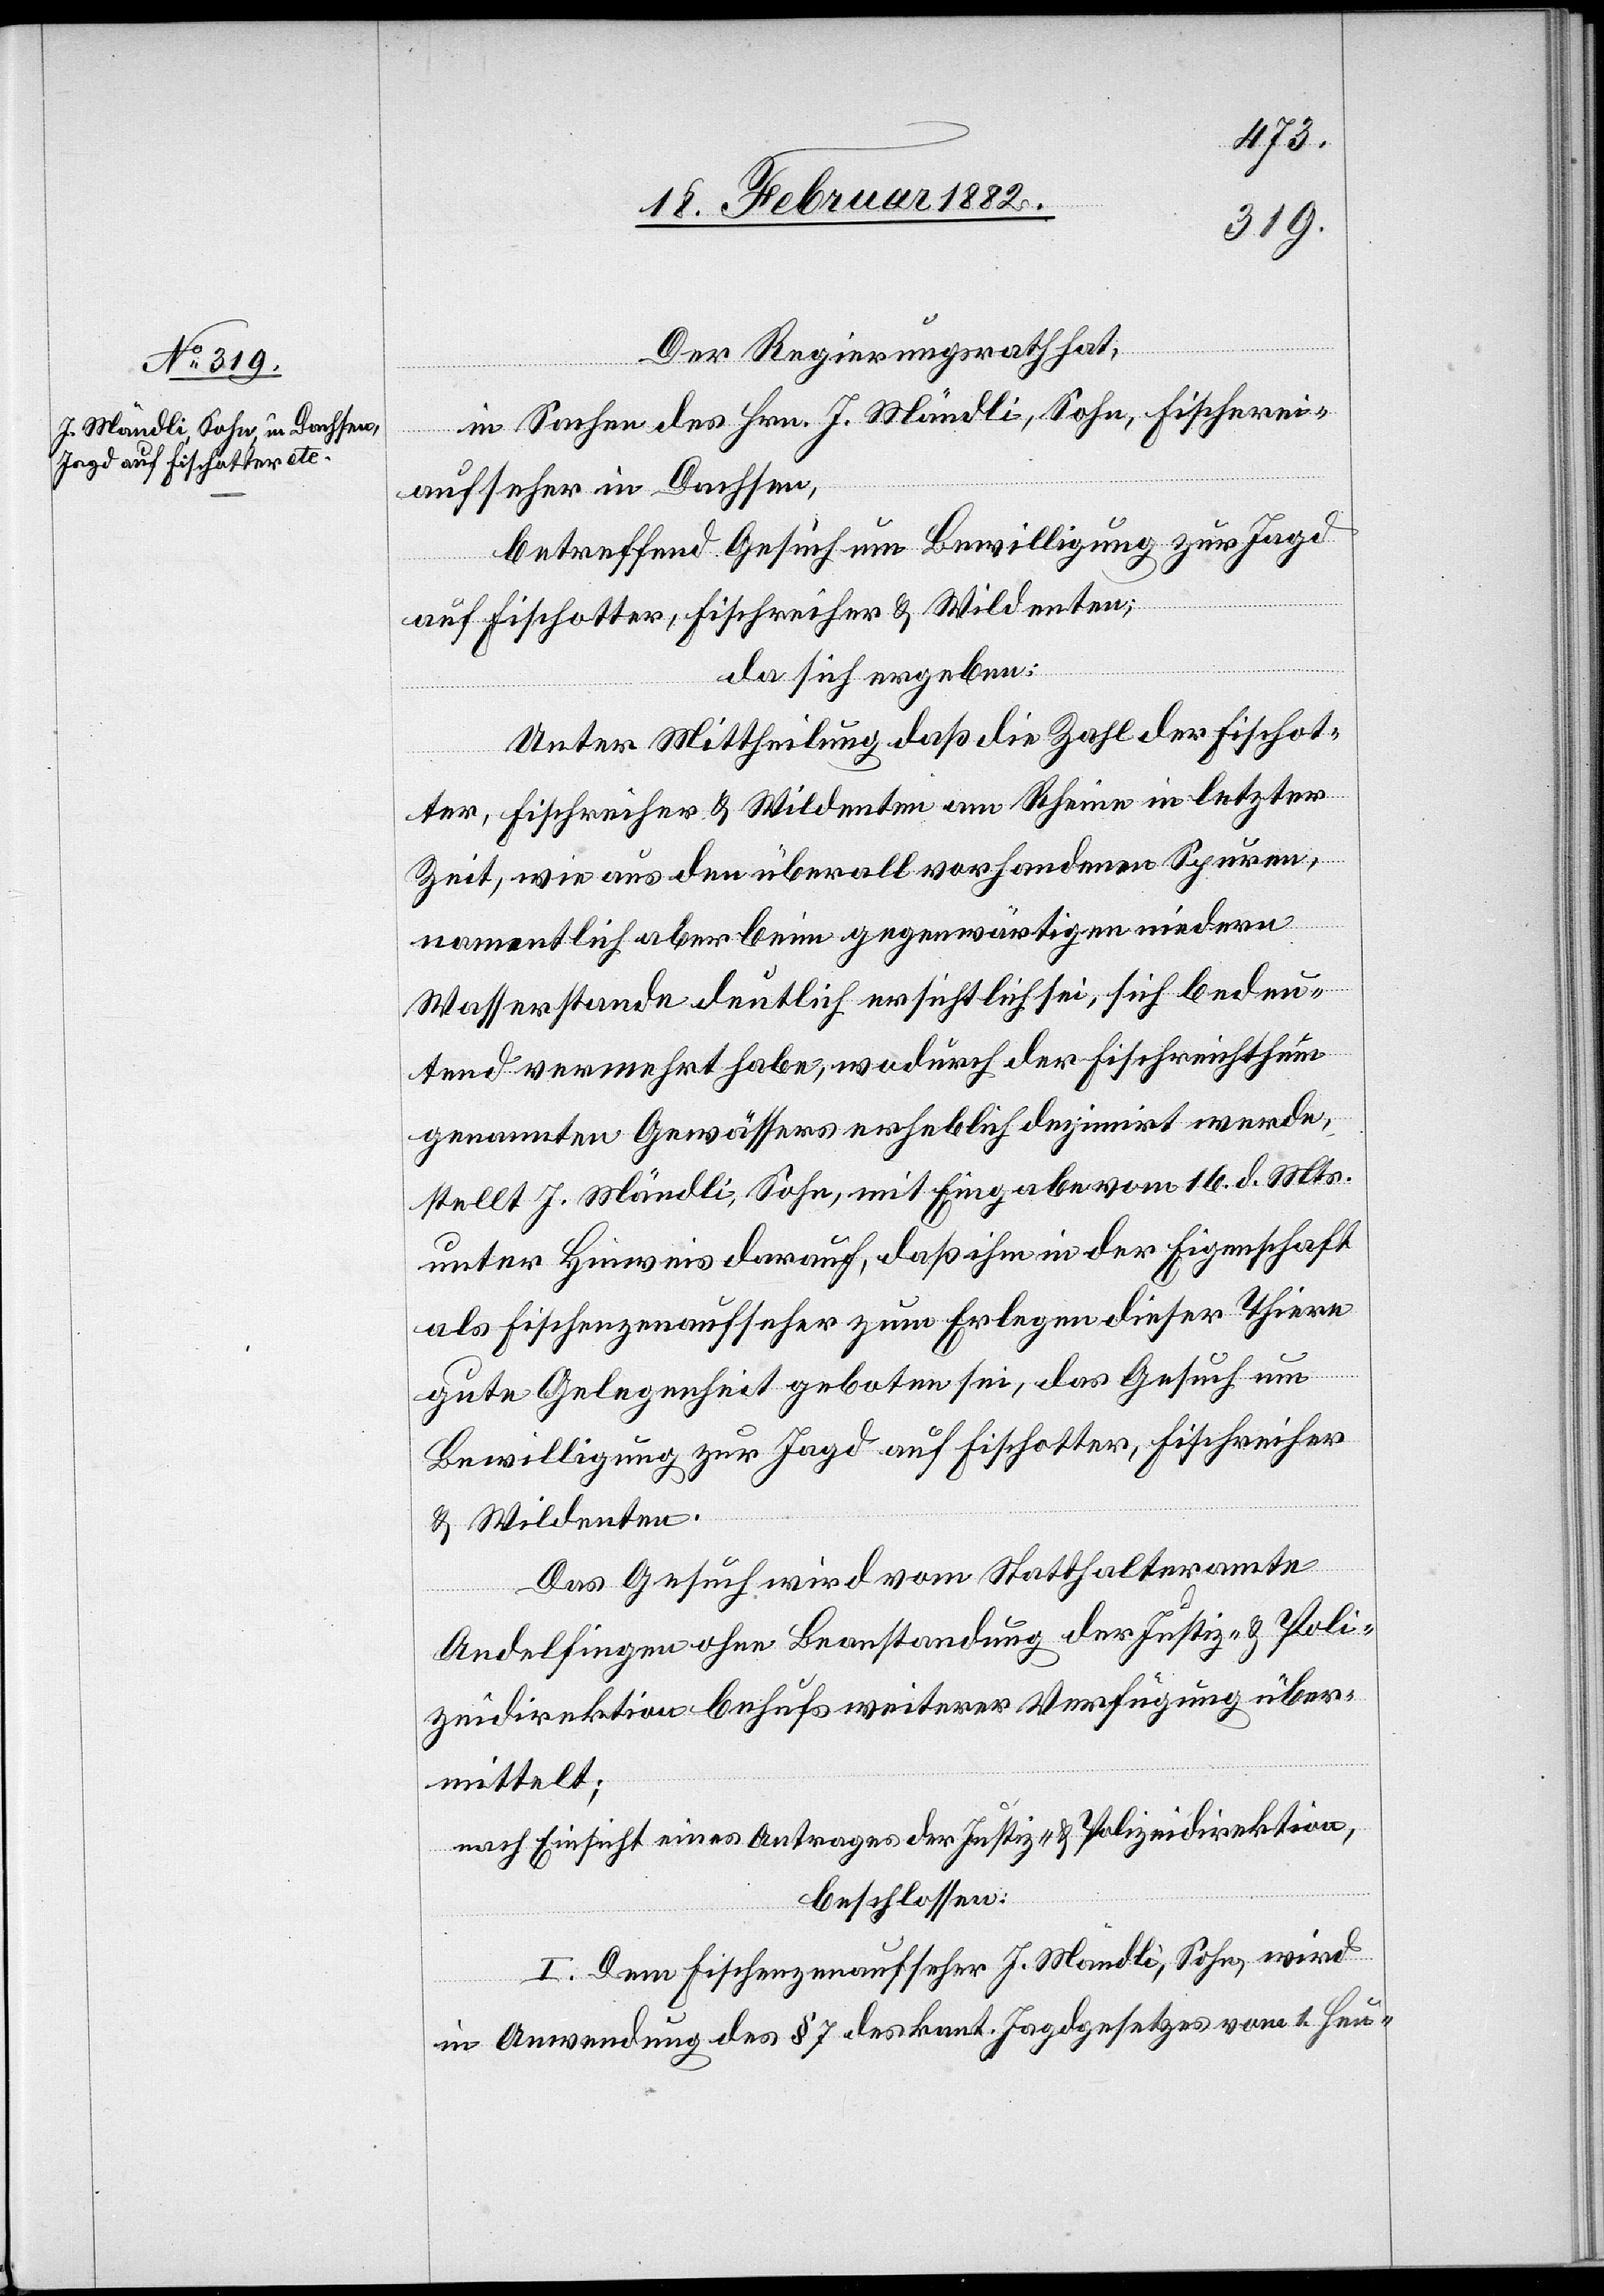
20. Februar 1882.]
Der Regierungsrath hat,
in Sachen des Hrn. J. Mändli, Sohn, Fischerei¬
aufseher in Dachsen,
betreffend Gesuch um Bewilligung zur Jagd
auf Fischotter, Fischreiher & Wildenten;
da sich ergeben:
Unter Mittheilung daß die Zahl der Fischot¬
ter, Fischreiher & Wildenten am Rhein in letzter
Zeit, wie aus den überall vorhandenen Spuren,
namentlich aber beim gegenwärtigen minderen
Wasserstande deutlich ersichtlich sei, sich bedeu¬
tend vermehrt habe, wodurch der Fischreichtum
genannten Gewässers erheblich dezimirt werde,
stellt J. Mändli, Sohn, mit Eingabe vom 16. d. Mts.
unter Hinweis darauf, daß ihm in der Eigenschaft
als Fischenzenaufseher zum Erlegen dieser Thiere
gute Gelegenheit geboten sei, das Gesuch um
Bewilligung zur Jagd auf Fischotter, Fischreiher
& Wildenten.
Das Gesuch wird vom Statthalteramte
Andelfingen ohne Beanstandung der Justiz- & Poli¬
zeidirektion behufs weiterer Verfügung über¬
mittelt;
nach Einsicht eines Antrages der Justiz- & Polizeidirektion,
beschlossen:
I. Dem Fischenzenaufseher J. Mändli, Sohn, wird
in Anwendung des § 7 des kant. Jagdgesetzes vom 1. Heu